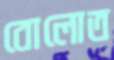
বোলোত